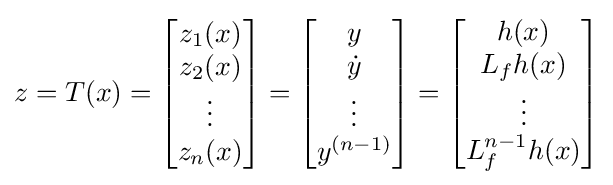
z=T(x)={\begin{bmatrix}z_{1}(x)\\z_{2}(x)\\\vdots \\z_{n}(x)\end{bmatrix}}={\begin{bmatrix}y\\{\dot {y}}\\\vdots \\y^{(n-1)}\end{bmatrix}}={\begin{bmatrix}h(x)\\L_{f}h(x)\\\vdots \\L_{f}^{n-1}h(x)\end{bmatrix}}